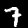
Digit: 7